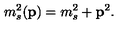
m _ { s } ^ { 2 } ( { \bf p } ) = m _ { s } ^ { 2 } + { \bf p } ^ { 2 } .